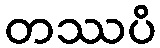
တဿပိ